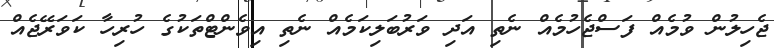
ޖެހިލުން ވުމެއް ފަސްޖެހުމެއް ނެތި އަދި ވަރުބަލިކަމެއް ނެތި އިވެންޓްތަކުގެ ހުރިހާ ކަވަރޭޖެއް